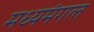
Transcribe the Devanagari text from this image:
मध्यमंगल